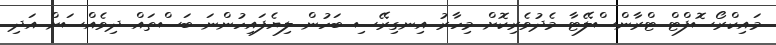
މައިކްރޯސޮފްޓް ޓްރާންސްލޭޓާ މެދުވެރިކޮށް މިހާރު އިނގިރޭސި ބަހުން ލިޔެފައިހުންނަ ބަސްތައް ދިވެއްސަށް އަދި